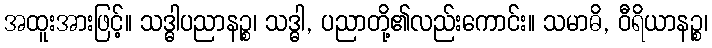
အထူးအားဖြင့်။ သဒ္ဓါပညာနဉ္စ၊ သဒ္ဓါ, ပညာတို့၏လည်းကောင်း။ သမာဓိ, ဝီရိယာနဉ္စ၊